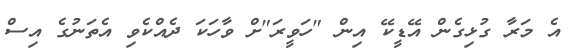
އެ މަރާ ގުޅިގެން އޭޑީކޭ އިން "ހަވީރަ"ށް ވާހަކަ ދެއްކެވި އެތަނުގެ އިސް